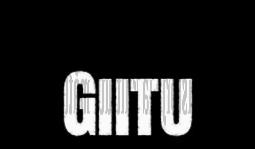
Giitu